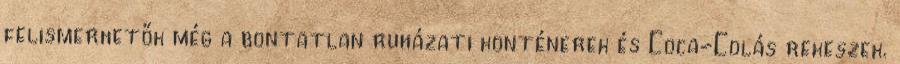
felismerhetők még a bontatlan ruházati konténerek és Coca-Colás rekeszek.